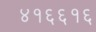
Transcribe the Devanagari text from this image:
४१६६१६